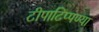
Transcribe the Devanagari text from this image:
टीपाटिप्पण्या